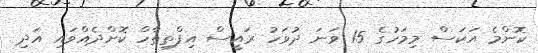
ކޮންމެ އަކަސް މިމަހުގެ 15 ވަނަ ދުވަހު ރައީސް އިފްތިތާހް ކޮށްދެއްވައި އަދި